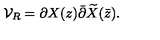
{ \cal V } _ { R } = \partial X ( z ) \bar { \partial } \widetilde { X } ( \bar { z } ) .